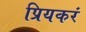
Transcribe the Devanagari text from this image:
प्रियकरं